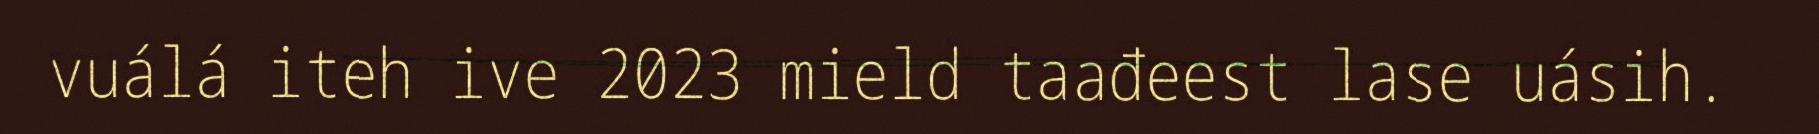
vuálá iteh ive 2023 mield taađeest lase uásih.